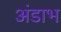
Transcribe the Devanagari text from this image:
अंडाभ